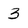
Character: 3